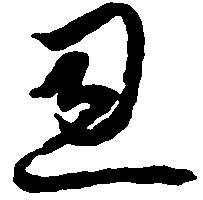
恩